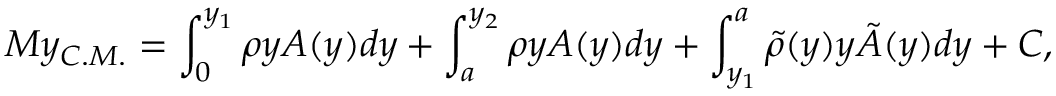
M y _ { C . M . } = \int _ { 0 } ^ { y _ { 1 } } \rho y A ( y ) d y + \int _ { a } ^ { y _ { 2 } } \rho y A ( y ) d y + \int _ { y _ { 1 } } ^ { a } \tilde { \rho } ( y ) y \tilde { A } ( y ) d y + C ,